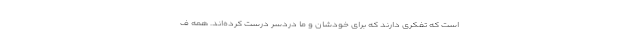
است که تفکری دارند که برای خودشان و ما دردسر درست کرده‌اند. همه ف